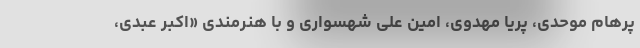
پرهام موحدی، پریا مهدوی، امین علی شهسواری و با هنرمندی «اکبر عبدی،